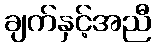
ချက်နှင့်အညီ